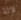
لآلة